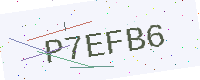
Text: P7EFB6